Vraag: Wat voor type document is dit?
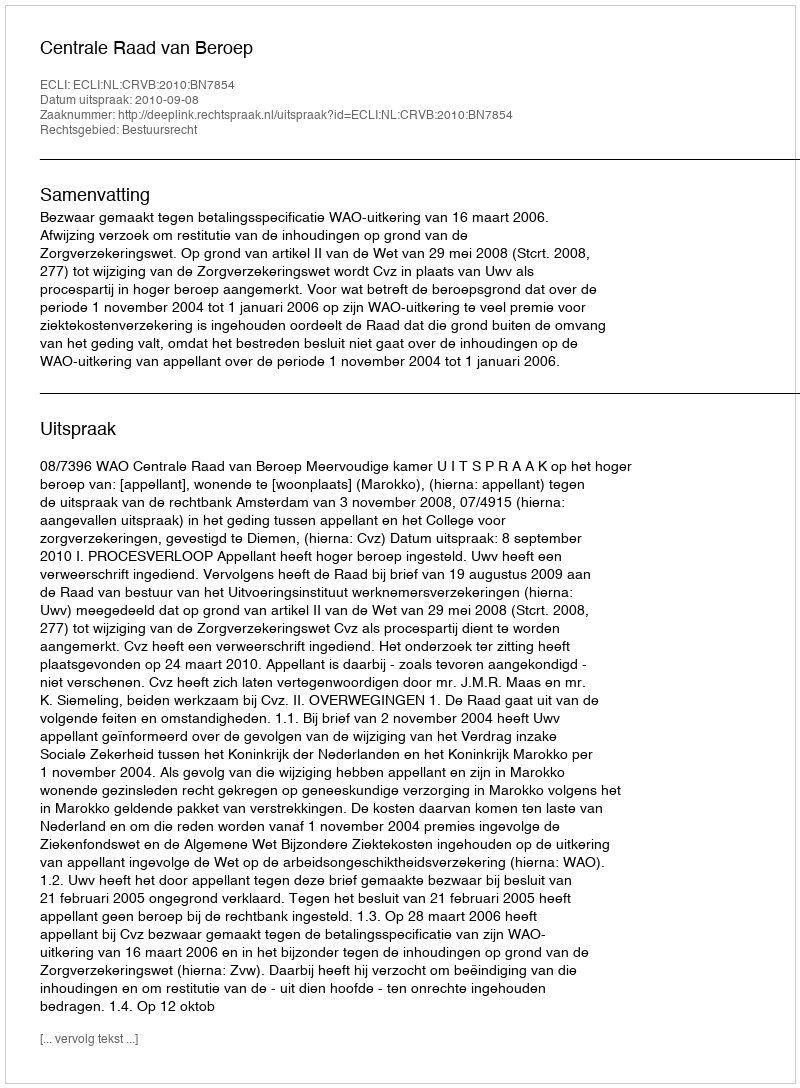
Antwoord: Uitspraak